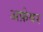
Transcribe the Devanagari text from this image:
अफ़ेयर